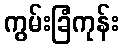
ကွမ်းခြံကုန်း